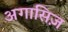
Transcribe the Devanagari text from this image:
अगासिज़